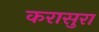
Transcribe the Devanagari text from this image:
करासुरा